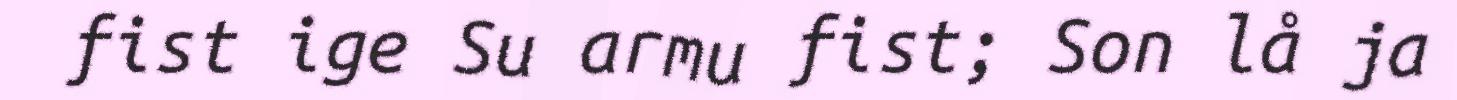
fist ige Su armu fist; Son lå ja